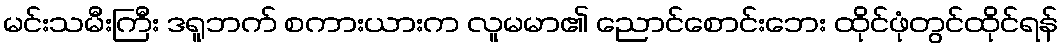
မင်းသမီးကြီး ဒရူဘက် စကားယားက လူမမာ၏ ညောင်စောင်းဘေး ထိုင်ဖုံတွင်ထိုင်ရန်